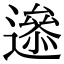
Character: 𨗘